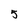
Character: 5